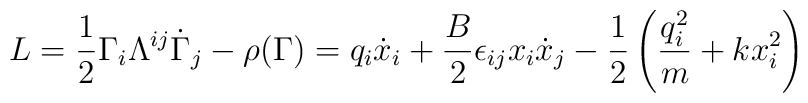
L = \frac{1}{2} \Gamma_i \Lambda^{ij} \dot{\Gamma}_j - \rho(\Gamma )  = q_i \dot{x}_i + \frac{B}{2} \epsilon_{ij} x_i \dot{x}_j - \frac{1}{2}\left( \frac{q^2_i}{m} + kx^2_i \right)